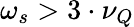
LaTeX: \omega_{s}>3\cdot\nu_{Q}